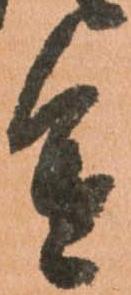
進